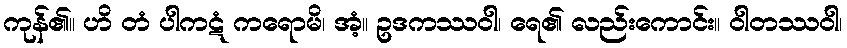
ကုန်၏။ ဟိ တံ ပါကဋံ ကရောမိ၊ အံ့။ ဥဒကဿဝါ၊ ရေ၏ လည်းကောင်း။ ဝါတဿဝါ၊